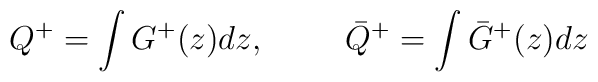
Q^{+} = \int G^{+} (z) dz , \hspace{1cm}{\bar Q}^{+} = \int {\bar G}^{+} (z) dz